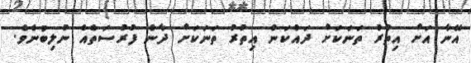
އޭނާ އަށް އިތުރު ތަނަކަށް ދައްކަން އިތުރު ތަނަކަށް ދާން ފުރުސަތެއް ނުލިބުނެވެ.